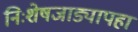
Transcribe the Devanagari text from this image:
निःशेषजाड्यापहा